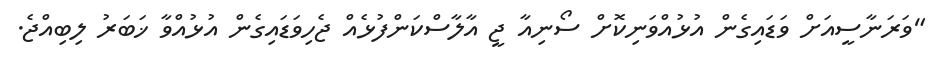
"ވަރަނާސީއަށް ވަޑައިގެން އުޅުއްވަނިކޮށް ސޯނިއާ ޖީ އާލާސްކަންފުޅެއް ޖެހިވަޑައިގެން އުޅުއްވާ ޚަބަރު ލިބިއްޖެ.